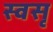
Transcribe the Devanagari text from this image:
स्वसृ